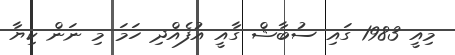
މިއީ 1983 ގައި ސުބާޝް ގާއީ އުފެއްދި ހަމަ މި ނަން ކިޔާ